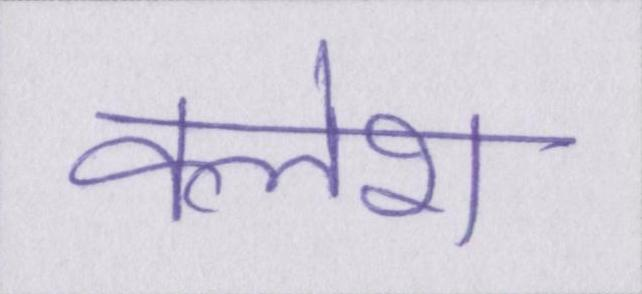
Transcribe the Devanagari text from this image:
क्लेश